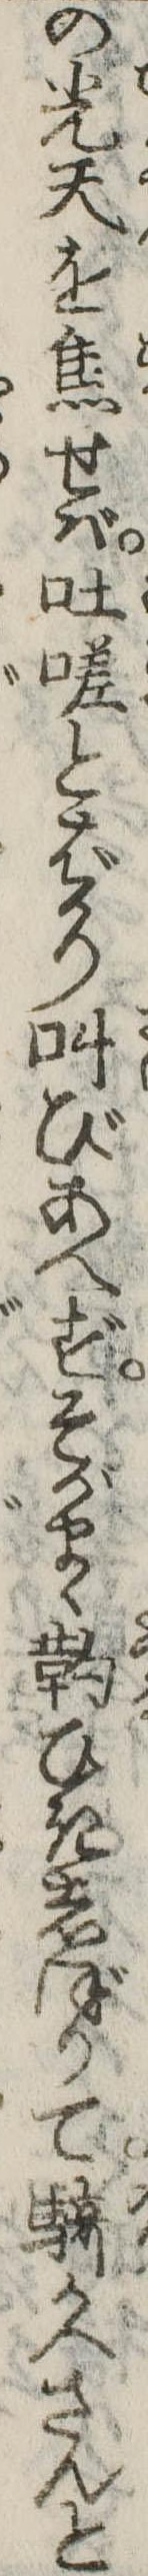
の光天を焦せば吐嗟とばかり叫びあへずそがまゝひきしぼりて騎かへさんと